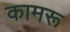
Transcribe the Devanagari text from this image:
कामरू